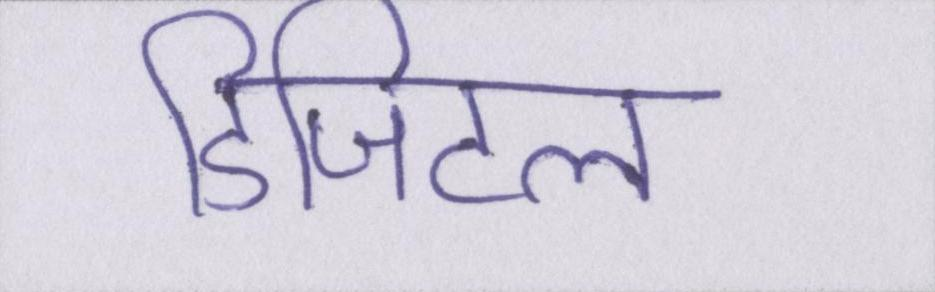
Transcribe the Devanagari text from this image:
डिजिटल